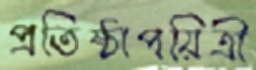
প্রতিষ্ঠাপয়িত্রী